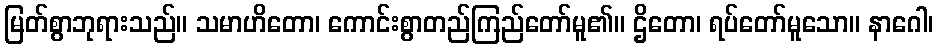
မြတ်စွာဘုရားသည်။ သမာဟိတော၊ ကောင်းစွာတည်ကြည်တော်မူ၏။ ဌိတော၊ ရပ်တော်မူသော။ နာဂေါ၊